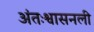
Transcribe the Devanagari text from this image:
अंतःश्वासनली